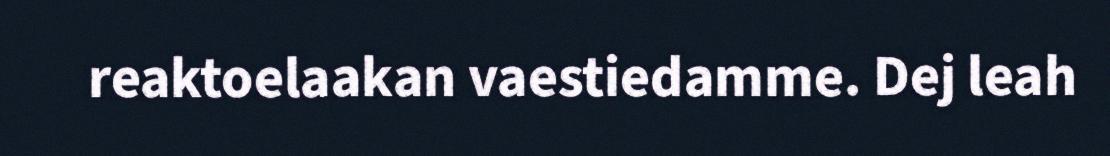
reaktoelaakan vaestiedamme. Dej leah